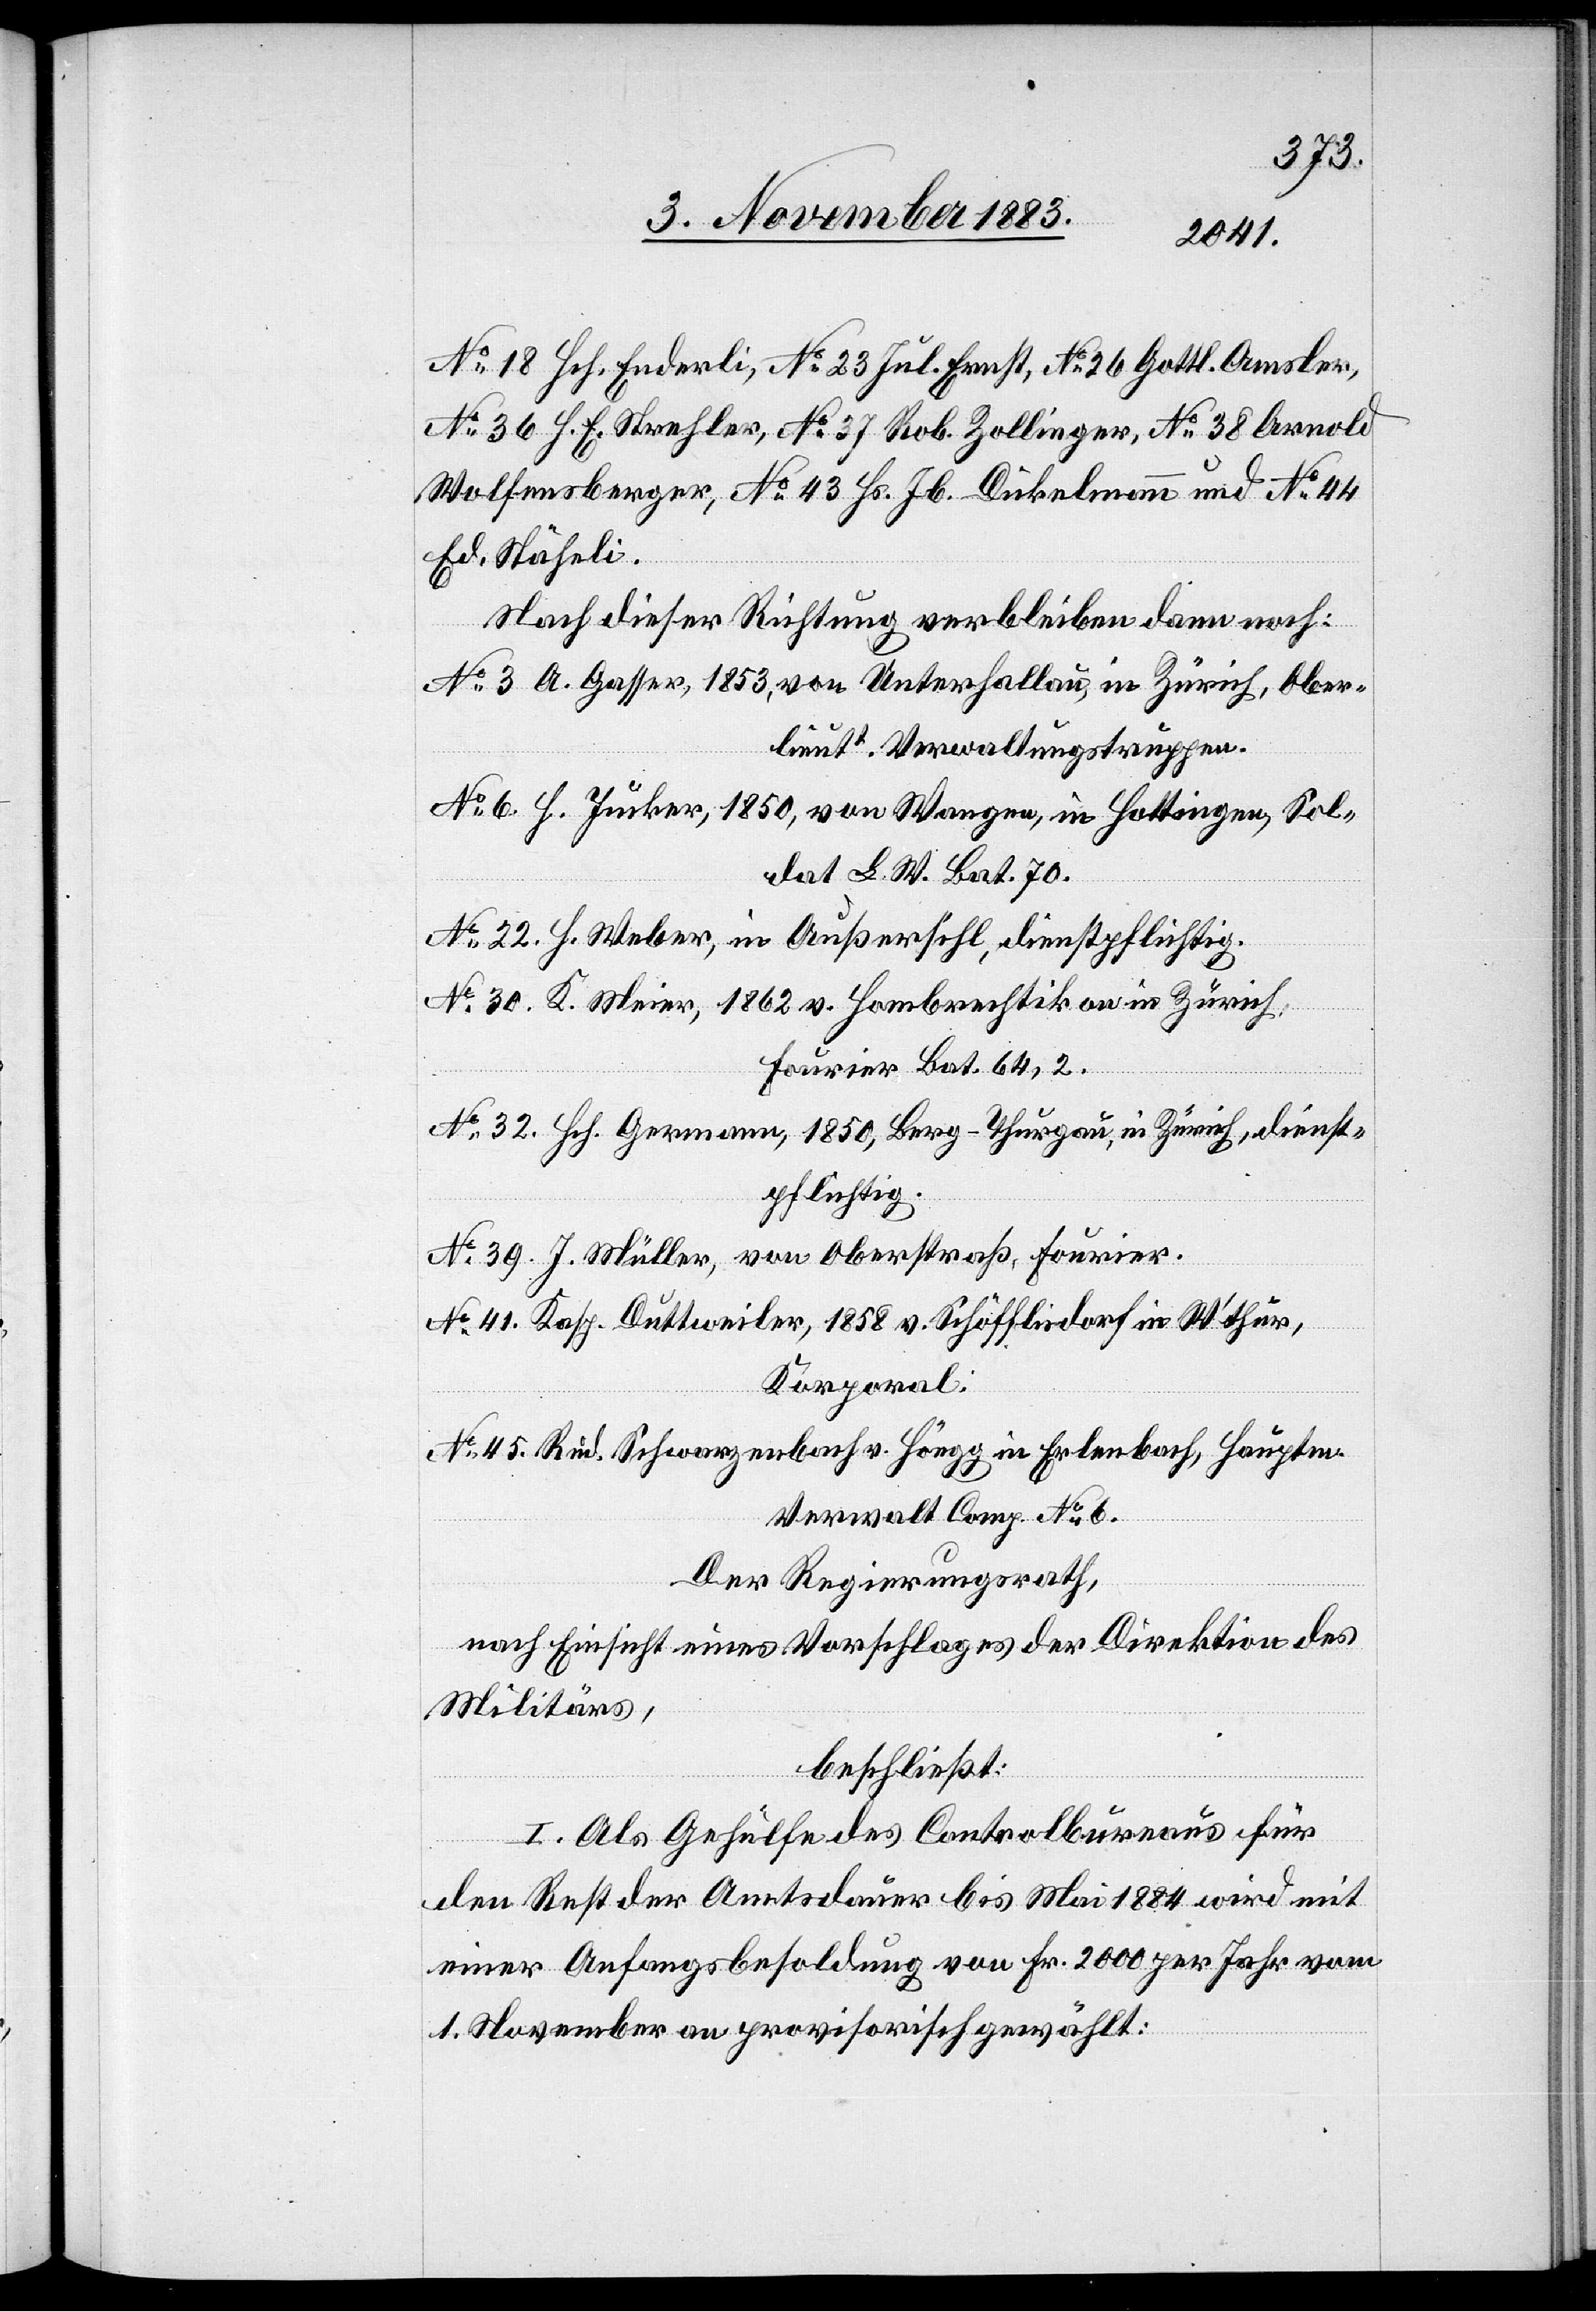
No 18 Hch. Enderli, No 23 Jul. Ernst, No 26 Gottl. Amsler,
No 36 H. F. Strehler, No 37 Rob. Zollinger, No 38 Arnold
Wolfensberger, No 43 Hs. Jb. Dickelmann und No 44
Ed. Stäheli.
Nach dieser Richtung verbleiben dann noch:
No 3. A. Gasser, 1853, von Unterhallau, in Zürich, Ober¬
lieutt. Verwaltungstruppen.
No 6. H. Junker, 1850, von Wangen, in Hottingen, Sol¬
dat L. W. Bat. 70.
No 22. H. Weber, in Außersihl, dienstpflichtig.
No 30. K. Meier, 1862 v. Hombrechtikon an in Zürich,
Fourier Bat. 64,2.
No 32. Hch. Germann, 1850, Berg - Thurgau, in Zürich, dienst¬
pflichtig.
No 39. J. Müller, von Oberstraß, Fourier.
No 41. Kasp. Duttweiler, 1858 v. Schöfflisdorf in W’thur,
Korporal.
No 45. Rud. Schwarzenbach v. Höngg in Erlenbach, Hauptm.
Verwalt. Comp. No 6.
Der Regierungsrath,
nach Einsicht eines Vorschlages der Direktion des
Militärs,
beschließt:
I. Als Gehülfe des Controlbureaus für
den Rest der Amtsdauer bis Mai 1884 wird mit
einer Anfangsbesoldung von Fr. 2000 per Jahr vom
1. November an provisorisch gewählt: